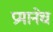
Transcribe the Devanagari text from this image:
प्रमानेच